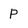
Character: P